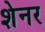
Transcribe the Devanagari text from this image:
शेनर